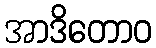
အာဒိတောဝ